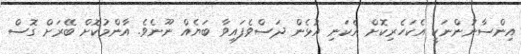
އިންސާނުންނަކީ އެކަހެރިކޮށް އެކަނި އުޅެން ދަސްވެފައިވާ ބަޔެއް ނޫނެވެ. އާންމުކޮށް ބޭރަށް ގޮސް